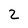
Character: 2